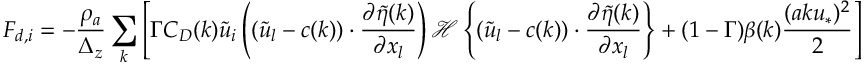
F _ { d , i } = - \frac { \rho _ { a } } { \Delta _ { z } } \sum _ { k } \left[ \Gamma C _ { D } ( k ) \widetilde { u } _ { i } \left( ( \widetilde { u } _ { l } - c ( k ) ) \cdot \frac { \partial \widetilde { \eta } ( k ) } { \partial x _ { l } } \right) { \mathcal { H } \left\{ ( \widetilde { u } _ { l } - c ( k ) ) \cdot \frac { \partial \widetilde { \eta } ( k ) } { \partial x _ { l } } \right\} } + ( 1 - \Gamma ) \beta ( k ) \frac { ( a k u _ { * } ) ^ { 2 } } { 2 } \right]